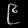
Digit: ၉